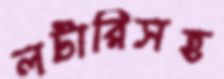
লটারিসহ